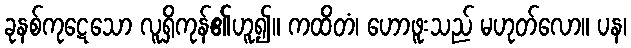
ခုနစ်ကုဋေသော လူရှိကုန်၏ဟူ၍။ ကထိတံ၊ ဟောဖူးသည် မဟုတ်လော။ ပန၊